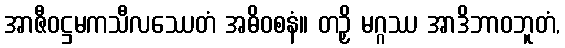
အာဇီဝဋ္ဌမကသီလဿေတံ အဓိဝစနံ။ တဉှိ မဂ္ဂဿ အာဒိဘာဝဘူတံ,